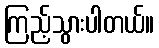
ကြည့်သွားပါတယ်။